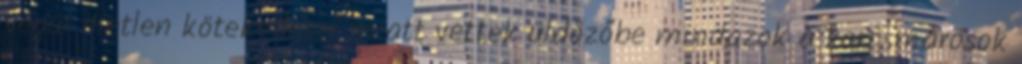
végül illetlen kötekedései miatt vettek üldözőbe mindazok a korcsmárosok